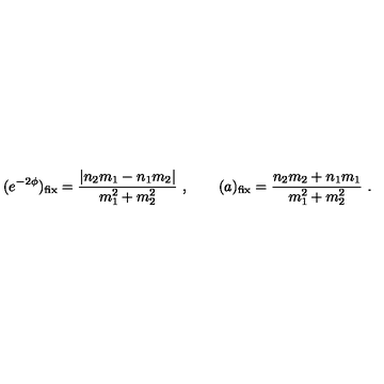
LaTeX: ( e ^ { - 2 \phi } ) _ { \mathrm { f i x } } = { \frac { | n _ { 2 } m _ { 1 } - n _ { 1 } m _ { 2 } | } { m _ { 1 } ^ { 2 } + m _ { 2 } ^ { 2 } } } \ , \qquad ( a ) _ { \mathrm { f i x } } = { \frac { n _ { 2 } m _ { 2 } + n _ { 1 } m _ { 1 } } { m _ { 1 } ^ { 2 } + m _ { 2 } ^ { 2 } } } \ .